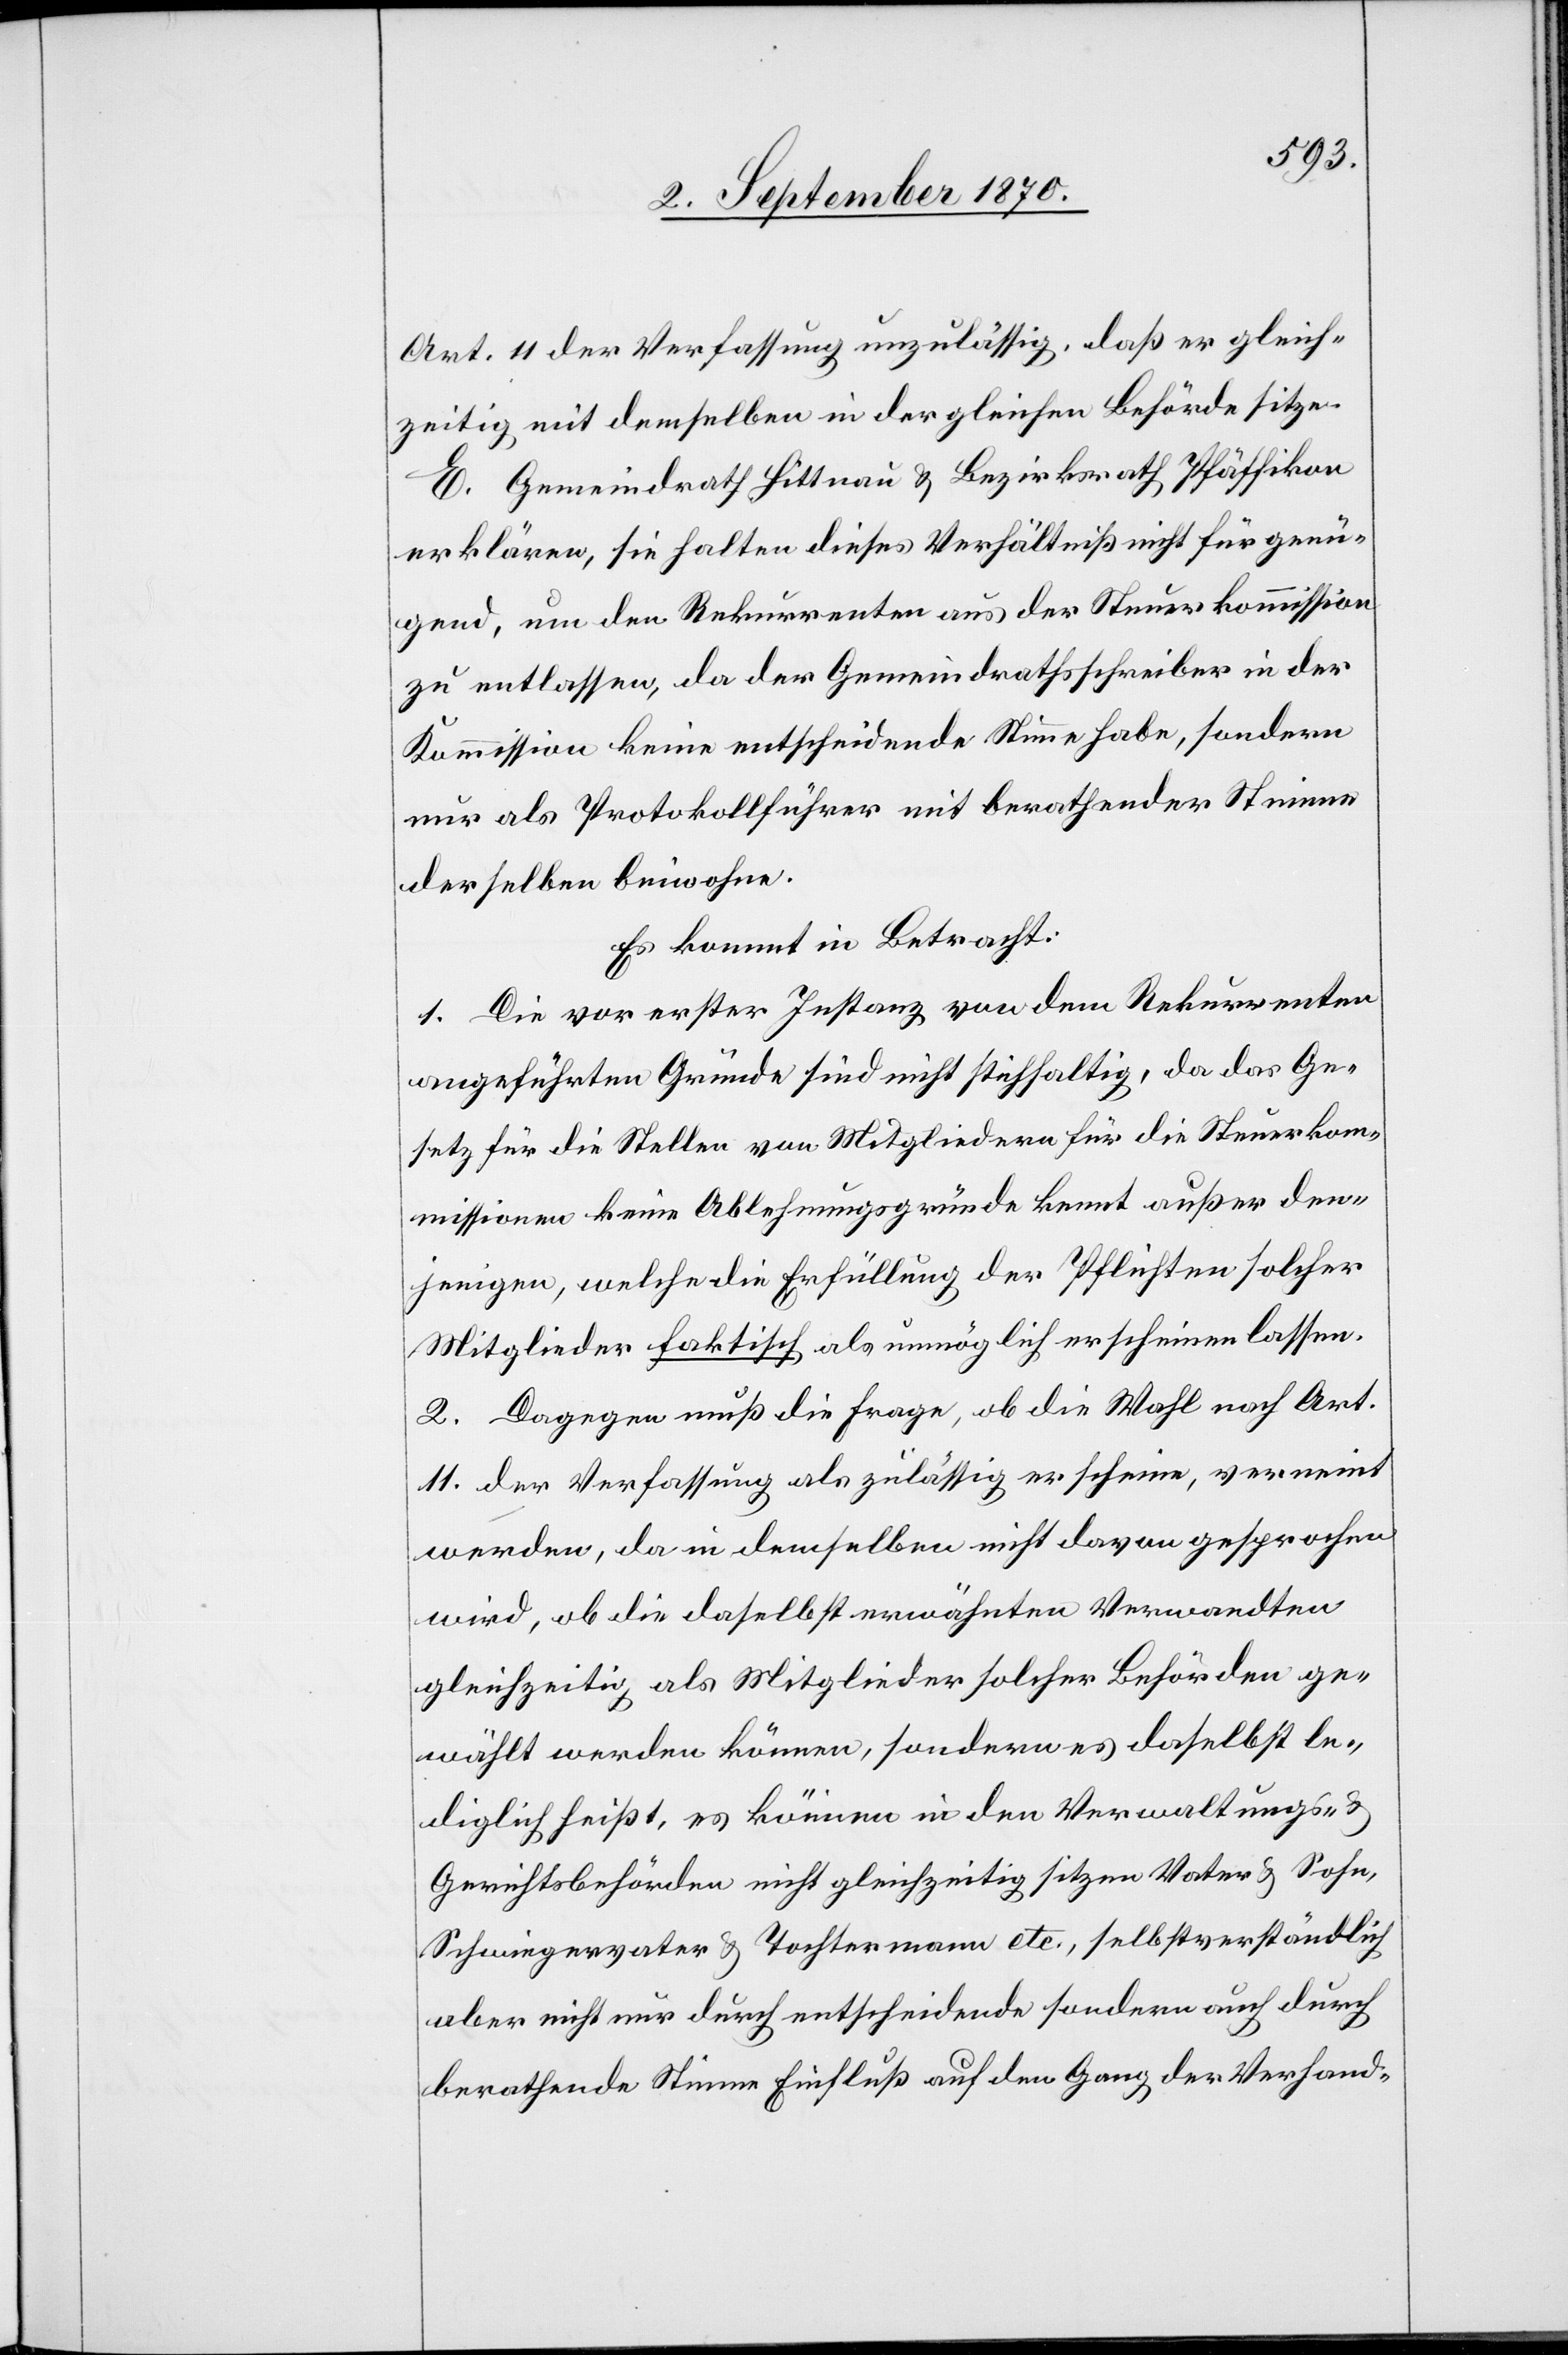
Art. 11 der Verfassung unzulässig, daß er gleich¬
zeitig mit demselben in der gleichen Behörde sitze.
E. Gemeindrath Hittnau & Bezirksrath Pfäffikon
erklären, sie halten dieses Verhältniß nicht für genü¬
gend, um den Rekurrenten aus der Steuerkommission
zu entlassen, da der Gemeindrathsschreiber in der
Kommission keine entscheidende Stimme habe, sondern
nur als Protokollführer mit berathender Stimme
derselben beiwohne.
Es kommt in Betracht:
1. Die vor erster Instanz von dem Rekurrenten
angeführten Gründe sind nicht stichhaltig, da das Ge¬
setz für die Stellen von Mitgliedern für die Steuerkom¬
missionen keine Ablehnungsgründe kennt außer den¬
jenigen, welche die Erfüllung der Pflichten solcher
Mitglieder faktisch als unmöglich erscheinen lassen.
2. Dagegen muß die Frage, ob die Wahl nach Art.
11 der Verfassung als zuläßig erscheine, verneint
werden, da in demselben nicht davon gesprochen
wird, ob die daselbst erwähnten Verwandten
gleichzeitig als Mitglieder solcher Behörden ge¬
wählt werden können, sondern es daselbst le¬
diglich heißt, es können in den Verwaltungs-
Gerichtsbehörden nicht gleichzeitig sitzen Vater & Sohne,
Schwiegervater & Tochtermann etc., selbstverständlich
aber nicht nur durch entscheidende sondern auch durch
berathende Stimme Einfluß auf den Gang der Verhand-